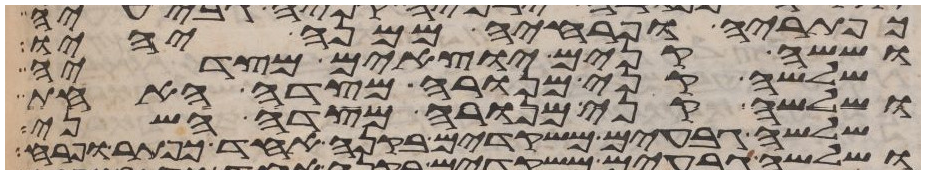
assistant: כפתריה ופרחיה ממנה יהיו
וששה קנים יוצאים מצדיה
שלשה קני מנורה מצדה האחד
ושלשה קני מנורה מצדה השני
שלשה גבעים משקדים בקנה אחד כפתר ופרח